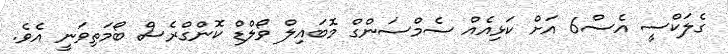
ގެލަކްސީ އެސް6 އަށް ކަޅިއެއް ސެމްސަންގް މޮބައިލް ވޯލްޑް ކޮންގްރެސް ބޯމަތިވަނީ އެވެ.